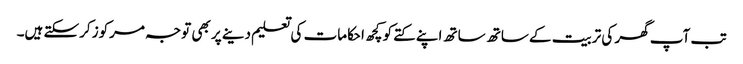
تب آپ گھر کی تربیت کے ساتھ ساتھ اپنے کتے کو کچھ احکامات کی تعلیم دینے پر بھی توجہ مرکوز کرسکتے ہیں۔